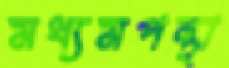
মধ্যমপন্থা